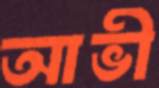
আভী